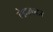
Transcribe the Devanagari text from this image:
लेगकटर